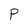
Character: P